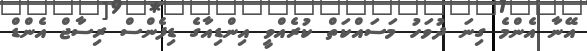
އޭނާ އެންމެ ގިނަ ދުވަހު މަސައްކަތް ކުރެއްވީ އިންޑިއާގެ ޑިފެންސް ރިސާޖް އެންޑް